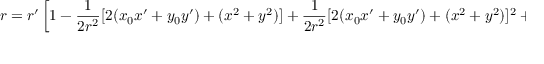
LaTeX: r = r ^ { \prime } \left[ 1 - { \frac { 1 } { 2 r ^ { 2 } } } [ 2 ( x _ { 0 } x ^ { \prime } + y _ { 0 } y ^ { \prime } ) + ( x ^ { 2 } + y ^ { 2 } ) ] + { \frac { 1 } { 2 r ^ { 2 } } } [ 2 ( x _ { 0 } x ^ { \prime } + y _ { 0 } y ^ { \prime } ) + ( x ^ { 2 } + y ^ { 2 } ) ] ^ { 2 } + \cdots \right] ,